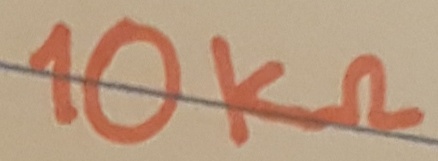
Text: 10KΩ